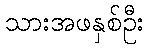
သားအဖနှစ်ဦး